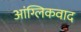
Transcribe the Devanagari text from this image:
आंग्लिकवाद